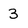
Character: 3